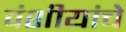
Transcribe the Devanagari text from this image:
वंशीयांचे